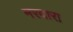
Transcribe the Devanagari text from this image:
मरवारा